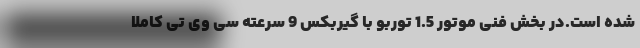
شده است.در بخش فنی موتور 1.5 توربو با گیربکس 9 سرعته سی وی تی کاملا